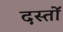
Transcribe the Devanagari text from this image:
दस्तोॅ